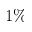
1 \%